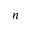
n